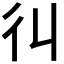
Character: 𢒾